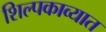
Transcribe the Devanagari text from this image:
शिल्पकाव्यात